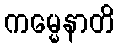
ကမ္မေနာတိ